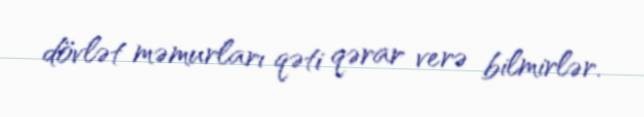
dövlət məmurları qəti qərar verə bilmirlər.